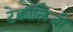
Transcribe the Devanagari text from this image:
टेक्नालिजी